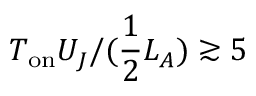
T _ { \mathrm { o n } } U _ { J } / ( \frac { 1 } { 2 } L _ { A } ) \gtrsim 5